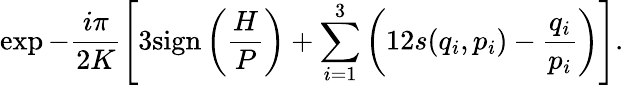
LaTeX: \exp-\frac{i\pi}{2K}\left[3\mathrm{sign}\left(\frac{H}{P}\right)+\sum_{i=1}^{3}\left(12s(q_{i},p_{i})-\frac{q_{i}}{p_{i}}\right)\right].